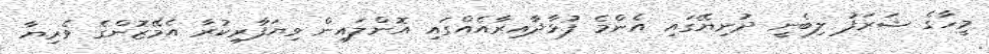
މީހާގެ ޝަރަފު ލިބެނީ ދުނިޔޭގައި އެންމެ ފުޅާދާއިރާއެއްގައި އޮންލައިން ވިޔަފާރިކުރާ އެމޭޒޮންގެ ވެރިޔާ